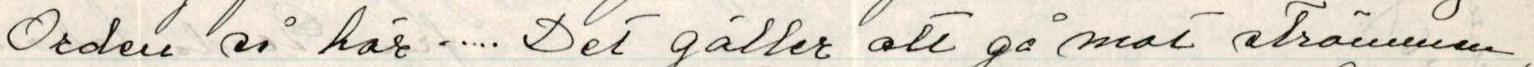
Orden så här ..... Det gäller att gå mot strömmen,